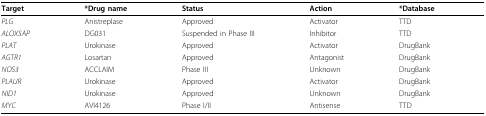
| Target | *Drug name | Status | Action | *Database |
 | --- | --- | --- | --- | --- |
 | PLG | Anistreplase | Approved | Activator | TTD |
 | ALOX5AP | DG031 | Suspended in Phase III | Inhibitor | TTD |
 | PLAT | Urokinase | Approved | Activator | DrugBank |
 | AGTR1 | Losartan | Approved | Antagonist | DrugBank |
 | NOS3 | ACCLAIM | Phase III | Unknown | DrugBank |
 | PLAUR | Urokinase | Approved | Activator | DrugBank |
 | NID1 | Urokinase | Approved | Unknown | DrugBank |
 | MYC | AVI4126 | Phase I/II | Antisense | TTD |